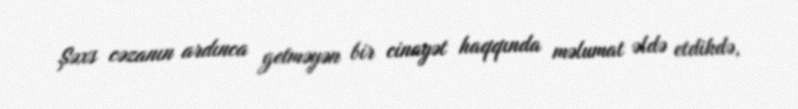
Şəxs cəzanın ardınca getməyən bir cinayət haqqında məlumat əldə etdikdə,